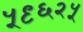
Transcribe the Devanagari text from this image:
५९६२५